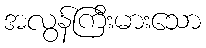
အလွန်ကြီးမားသော